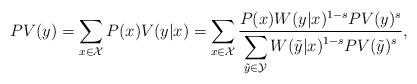
LaTeX: \begin{align*}PV(y) = \sum_{x \in \mathcal{X}} P(x) V(y|x) = \sum_{x \in \mathcal{X}} \frac{P(x) W(y|x)^{1-s} PV(y)^s}{\displaystyle \sum_{\tilde{y} \in \mathcal{Y}} W(\tilde{y}|x)^{1-s} PV(\tilde{y})^s} ,\end{align*}